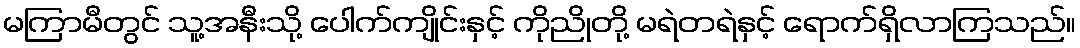
မကြာမီတွင် သူ့အနီးသို့ ပေါက်ကျိုင်းနှင့် ကိုညိုတို့ မရဲတရဲနှင့် ရောက်ရှိလာကြသည်။